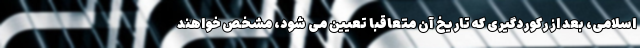
اسلامی، بعد از رکوردگیری که تاریخ آن متعاقبا تعیین می شود، مشخص خواهند